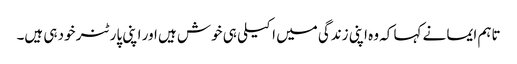
تاہم ایما نے کہا کہ وہ اپنی زندگی میں اکیلی ہی خوش ہیں اور اپنی پارٹنر خود ہی ہیں۔